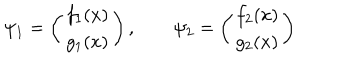
LaTeX: \psi _ { 1 } = \left( \begin{array} { c } { { f _ { 1 } ( x ) } } \\ { { g _ { 1 } ( x ) } } \\ \end{array} \right) , \qquad \psi _ { 2 } = \left( \begin{array} { c } { { f _ { 2 } ( x ) } } \\ { { g _ { 2 } ( x ) } } \\ \end{array} \right)